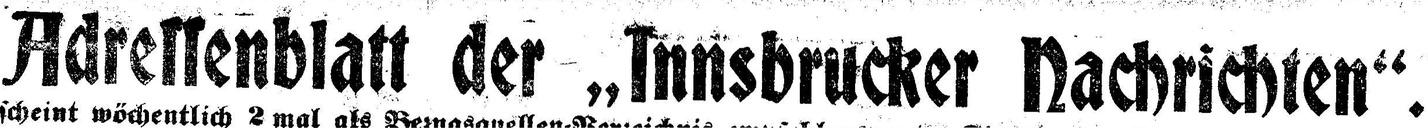
Adrellenblatt der „Innsbrucker Nachrichten“.